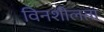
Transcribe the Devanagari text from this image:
विनशीलता